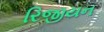
રિજીયન